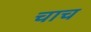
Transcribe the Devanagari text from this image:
चाच